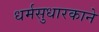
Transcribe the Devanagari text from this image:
धर्मसुधारकाने